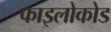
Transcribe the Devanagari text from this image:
फाइलोकोड